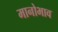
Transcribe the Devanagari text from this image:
मानोभाव